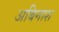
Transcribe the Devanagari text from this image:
अबिनाश